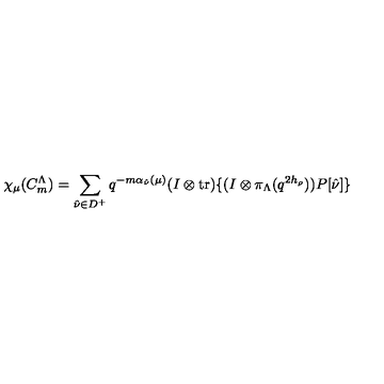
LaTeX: \chi _ { \mu } ( C _ { m } ^ { \Lambda } ) = \sum _ { \hat { \nu } \in D ^ { + } } q ^ { - m \alpha _ { \hat { \nu } } ( \mu ) } ( I \otimes \mathrm { t r } ) \{ ( I \otimes \pi _ { \Lambda } ( q ^ { 2 h _ { \rho } } ) ) P [ \hat { \nu } ] \}